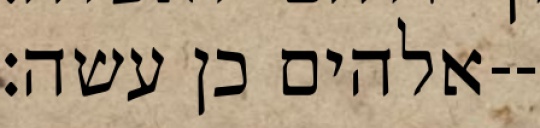
אלהים כן עשה׃--